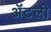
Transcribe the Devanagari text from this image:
अॅटली